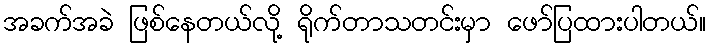
အခက်အခဲ ဖြစ်နေတယ်လို့ ရိုက်တာသတင်းမှာ ဖော်ပြထားပါတယ်။